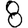
Digit: 8